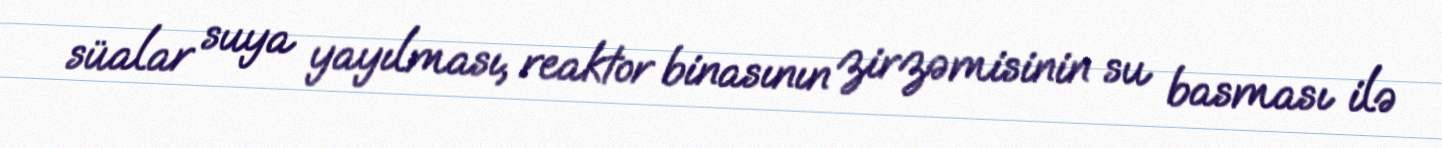
süalar suya yayılması, reaktor binasının zirzəmisinin su basması ilə